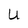
Character: U